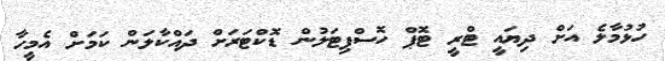
ހުޅުމާލެ އަށް ދިޔައީ ޓްރީ ޓޮޕް ހޮސްޕިޓަލުން ޑޮކްޓަރަށް ދައްކާލަން ކަމަށް އެމީހާ